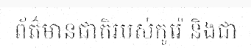
ព័ត៌មានជាតិរបស់កូរ៉េ និងជា